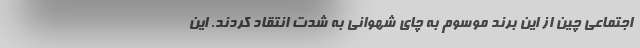
اجتماعی چین از این برند موسوم به چای شهوانی به شدت انتقاد کردند. این